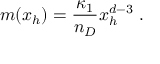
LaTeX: m ( x _ { h } ) = \frac { \kappa _ { 1 } } { n _ { D } } x _ { h } ^ { d - 3 } \ .